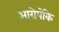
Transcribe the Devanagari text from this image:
आरोपोंके